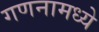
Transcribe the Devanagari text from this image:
गणनामध्ये